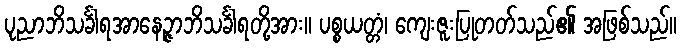
ပုညာဘိသင်္ခါရအာနေဉ္ဇာဘိသင်္ခါရတို့အား။ ပစ္စယတ္တံ၊ ကျေးဇူးပြုတတ်သည်၏ အဖြစ်သည်။